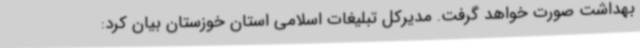
بهداشت صورت خواهد گرفت. مدیرکل تبلیغات اسلامی استان خوزستان بیان کرد: